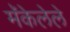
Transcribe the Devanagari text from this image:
मॅकेलेले